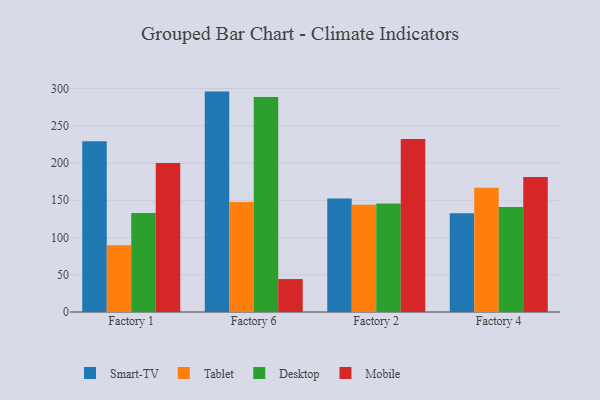
{"axis": {"x": "Factory", "y": "Temperature (°C)"}, "legend": ["Desktop", "Mobile", "Smart-TV", "Tablet"], "data": [{"x": "Factory 1", "y": 229.3, "type": "Smart-TV"}, {"x": "Factory 1", "y": 89.7, "type": "Tablet"}, {"x": "Factory 1", "y": 132.8, "type": "Desktop"}, {"x": "Factory 1", "y": 200.2, "type": "Mobile"}, {"x": "Factory 6", "y": 295.9, "type": "Smart-TV"}, {"x": "Factory 6", "y": 147.8, "type": "Tablet"}, {"x": "Factory 6", "y": 288.8, "type": "Desktop"}, {"x": "Factory 6", "y": 44.2, "type": "Mobile"}, {"x": "Factory 2", "y": 152.3, "type": "Smart-TV"}, {"x": "Factory 2", "y": 144.0, "type": "Tablet"}, {"x": "Factory 2", "y": 145.6, "type": "Desktop"}, {"x": "Factory 2", "y": 232.3, "type": "Mobile"}, {"x": "Factory 4", "y": 132.7, "type": "Smart-TV"}, {"x": "Factory 4", "y": 166.8, "type": "Tablet"}, {"x": "Factory 4", "y": 141.0, "type": "Desktop"}, {"x": "Factory 4", "y": 181.2, "type": "Mobile"}]}